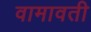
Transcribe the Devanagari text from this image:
वामावती